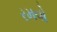
રમવો